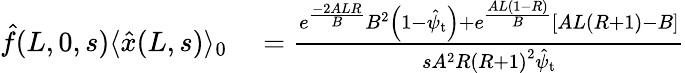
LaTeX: \begin{array}{rl}{\hat{f}(L,0,s)\langle\hat{x}(L,s)\rangle_{0}}&{{}=\frac{e^{\frac{-2ALR}{B}}B^{2}\left(1-\hat{\psi}_{\mathrm{t}}\right)+e^{\frac{AL\left(1-R\right)}{B}}\left[AL\left(R+1\right)-B\right]}{sA^{2}R\left(R+1\right)^{2}\hat{\psi}_{\mathrm{t}}}}\end{array}